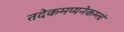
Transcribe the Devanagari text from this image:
तदेकमप्यनेकम्त्वं